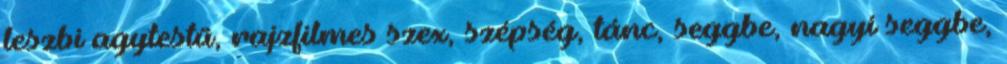
leszbi agytestű, rajzfilmes szex, szépség, tánc, seggbe, nagyi seggbe,